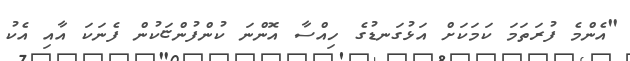
"އެންމެ ފުރަތަމަ ކަމަކަށް އަޅުގަނޑުގެ ހިއްސާ އޮންނަ ކުންފުންޏަކުން ފެނަކަ އާއި އެކު